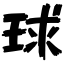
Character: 球